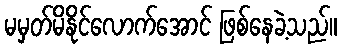
မမှတ်မိနိုင်လောက်အောင် ဖြစ်နေခဲ့သည်။